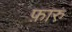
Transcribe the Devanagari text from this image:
फ़ारु